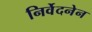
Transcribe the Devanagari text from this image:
निर्वेदनेन